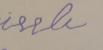
Signature authenticity: forged